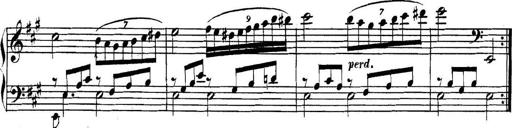
Title: Collected Piano Sonatas
Composer: Muzio Clementi